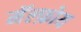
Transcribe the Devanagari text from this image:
मॅल्फ़ोय